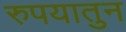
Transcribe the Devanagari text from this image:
रुपयातुन